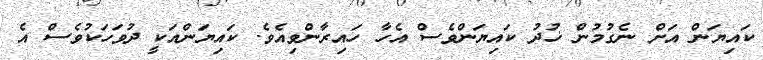
ކައިޔަން އަށް ނެގުމުން ޚުދު ކައިޔަންވެސް އެހާ ހައިރާންވިއެވެ. ކައިޔަންއަކީ ދުވަހަކުވެސް އެ